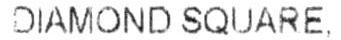
DIAMOND SQUARE.